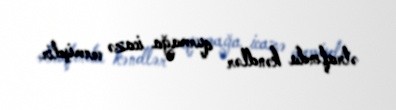
ətrafında kəndlər qurmağa icazə vermişdir.